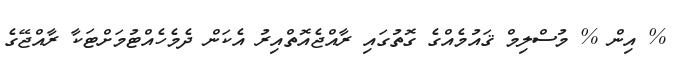
% އިން % މުސްލިމް ޤައުމެއްގެ ގޮތުގައި ރާއްޖެއޮތްއިރު އެކަން ދެމެހެއްޓުމަށްޓަކާ ރާއްޖޭގެ